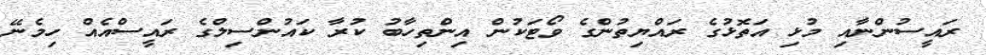
ރައީސުންނާއި މުޅި އަތޮޅުގެ ރައްޔިތުންގެ ވޯޓަކުން އިންތިހާބު ކުރާ ކައުންސިލްގެ ރައީސްއެއް ހިމެނޭ